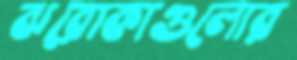
ঝরোকাগুলোর